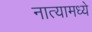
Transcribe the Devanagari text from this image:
नात्यामध्ये